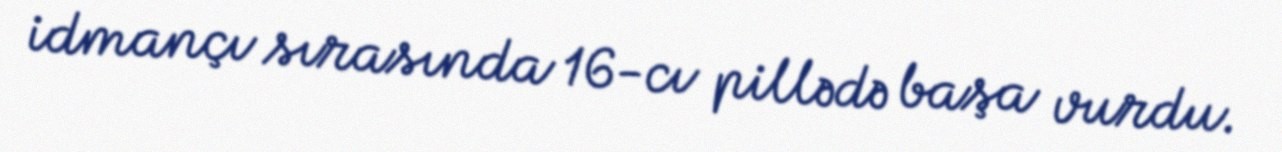
idmançı sırasında 16-cı pillədə başa vurdu.